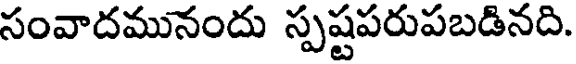
సంవాదమునందు స్పష్టపరుపబడినది.